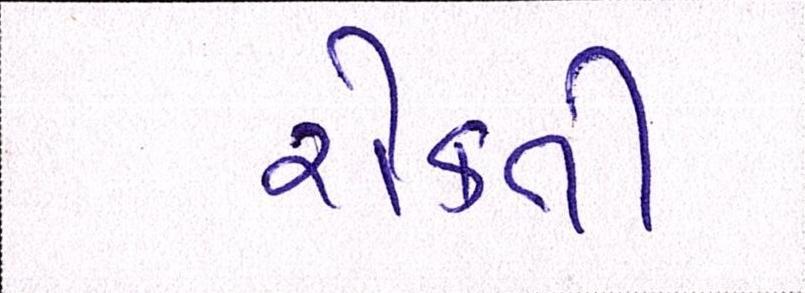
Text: રોકતી